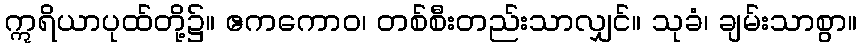
ဣရိယာပုထ်တို့၌။ ဧကကောဝ၊ တစ်စီးတည်းသာလျှင်။ သုခံ၊ ချမ်းသာစွာ။